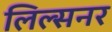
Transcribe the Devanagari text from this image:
लिल्सनर